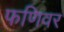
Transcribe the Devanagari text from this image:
फणिवर